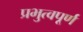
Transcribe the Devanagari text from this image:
प्रभुत्वपूर्ण